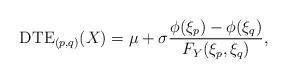
LaTeX: \begin{align*}\mathrm{DTE}_{(p,q)}(X)=\mu+\sigma\frac{\phi(\xi_{p})-\phi(\xi_{q})}{F_{Y}(\xi_{p},\xi_{q})},\end{align*}